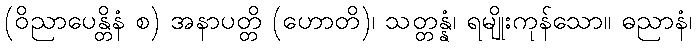
(ဝိညာပေန္တိနံ စ) အနာပတ္တိ (ဟောတိ)၊ သတ္တန္နံ၊ ရမျိုးကုန်သော။ ဓညာနံ၊